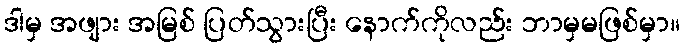
ဒါမှ အဖျား အမြစ် ပြတ်သွားပြီး နောက်ကိုလည်း ဘာမှမဖြစ်မှာ။